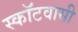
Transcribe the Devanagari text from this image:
स्कॉटवासी